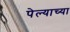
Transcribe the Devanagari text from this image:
पेल्याच्या